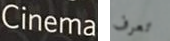
Cinema تعرف